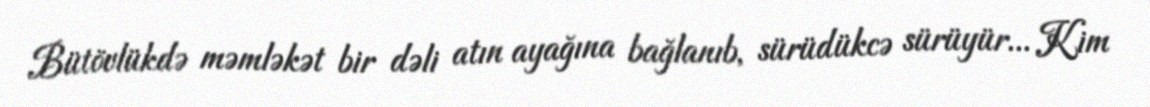
Bütövlükdə məmləkət bir dəli atın ayağına bağlanıb, sürüdükcə sürüyür... Kim